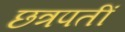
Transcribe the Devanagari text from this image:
छत्रपतीं